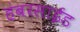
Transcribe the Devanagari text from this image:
हंबरसाईड